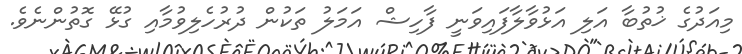
މިއަދުގެ ޚުތުބާ އަލި އަޅުވާލާފައިވަނީ ފާހިޝް އަމަލު ތަކުން ދުރުހެލިވުމާއި ގުޅޭ ގޮތުންނެވެ.